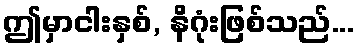
ဤမှာငါးနှစ်, နိဂုံးဖြစ်သည်...